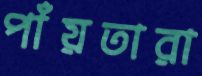
পাঁয়তারা